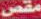
مقص